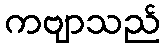
ကဗျာသည်